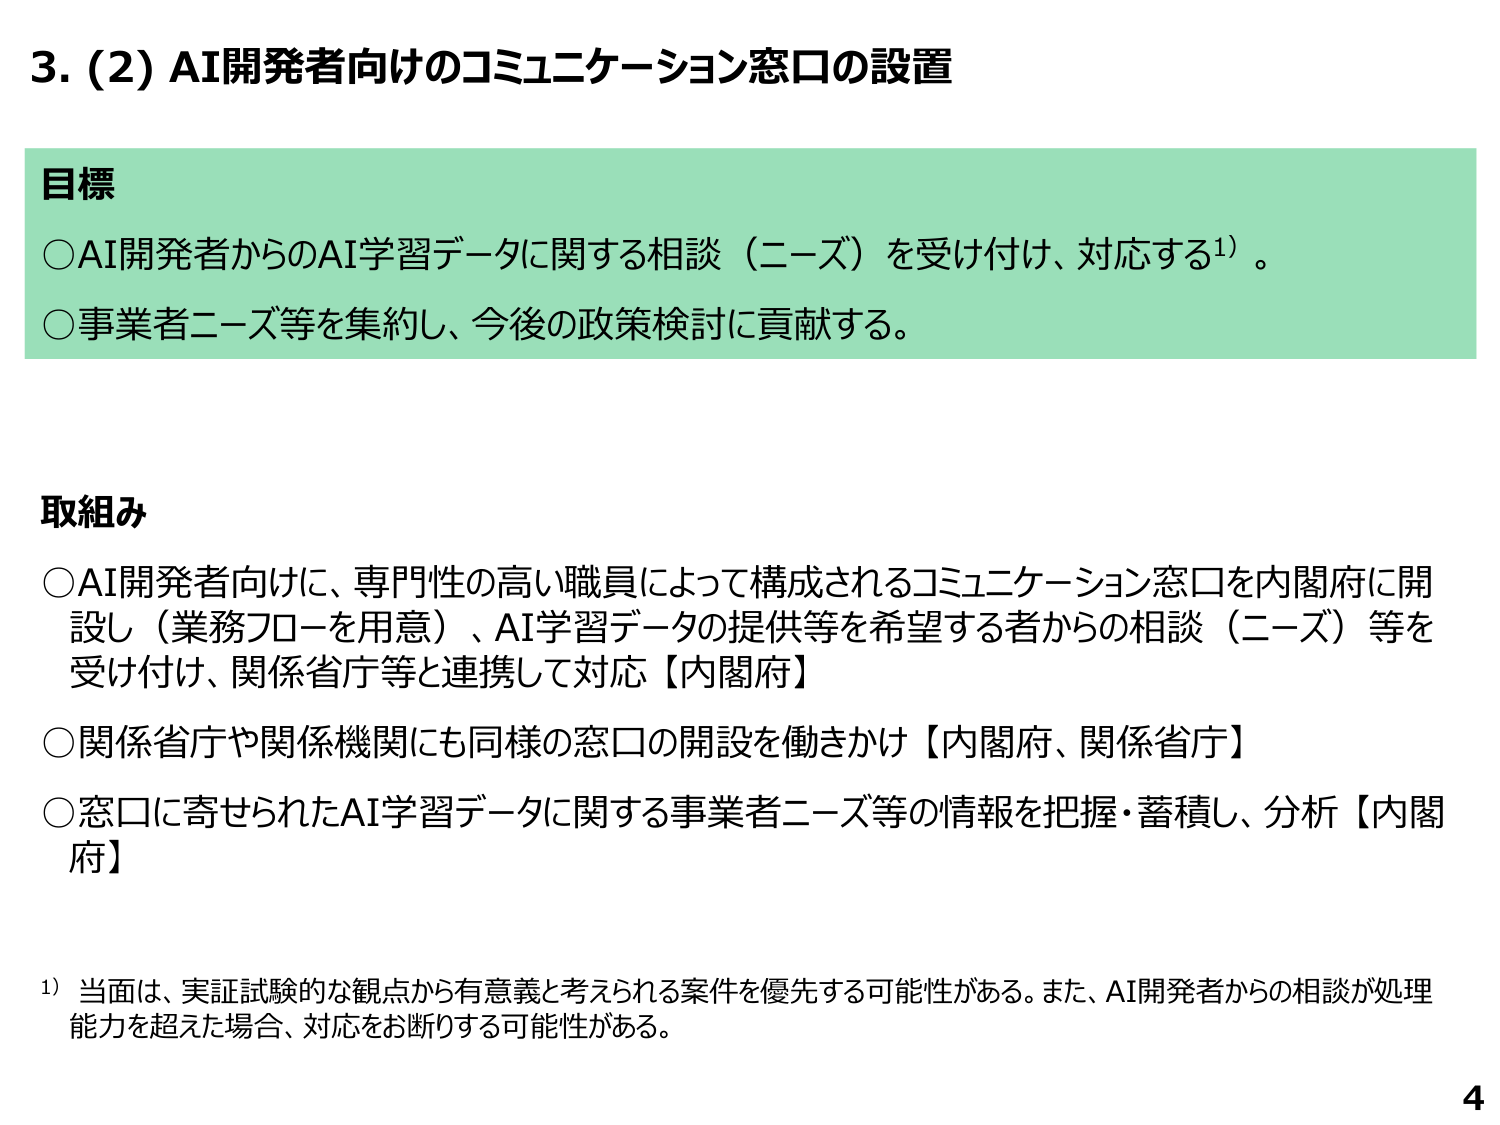
3. (2) AI開発者向けのコミュニケーション窓口の設置

目標
○AI開発者からのAI学習データに関する相談（ニーズ）を受け付け、対応する¹⁾。
○事業者ニーズ等を集約し、今後の政策検討に貢献する。

取組み
○AI開発者向けに、専門性の高い職員によって構成されるコミュニケーション窓口を内閣府に開設し（業務フローを用意）、AI学習データの提供等を希望する者からの相談（ニーズ）等を受け付け、関係省庁等と連携して対応【内閣府】
○関係省庁や関係機関にも同様の窓口の開設を働きかけ【内閣府、関係省庁】
○窓口に寄せられたAI学習データに関する事業者ニーズ等の情報を把握・蓄積し、分析【内閣府】

¹⁾ 当面は、実証試験的な観点から有意義と考えられる案件を優先する可能性がある。また、AI開発者からの相談が処理能力を超えた場合、対応をお断りする可能性がある。

4